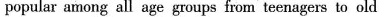
popular among all age groups from teenagers to old